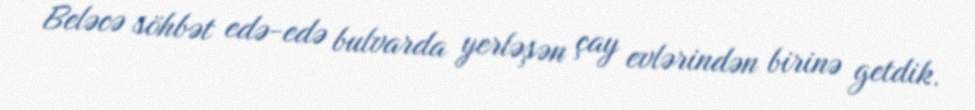
Beləcə söhbət edə-edə bulvarda yerləşən çay evlərindən birinə getdik.